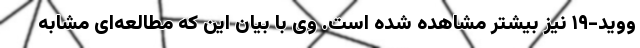
ووید-۱۹ نیز بیشتر مشاهده شده است. وی با بیان این که مطالعه‌ای مشابه